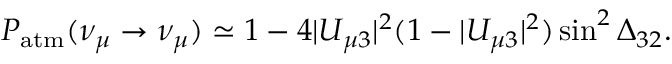
P _ { \mathrm { a t m } } ( \nu _ { \mu } \to \nu _ { \mu } ) \simeq 1 - 4 | U _ { \mu 3 } | ^ { 2 } ( 1 - | U _ { \mu 3 } | ^ { 2 } ) \sin ^ { 2 } \Delta _ { 3 2 } .